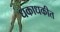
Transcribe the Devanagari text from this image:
धकाधकीत